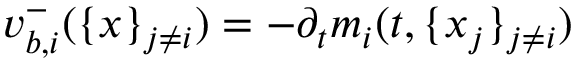
v _ { b , i } ^ { - } ( \{ x \} _ { j \neq i } ) = - \partial _ { t } m _ { i } ( t , \{ x _ { j } \} _ { j \neq i } )